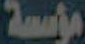
مؤسسة